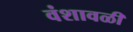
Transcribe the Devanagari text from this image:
वंशावळी